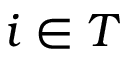
i \in T